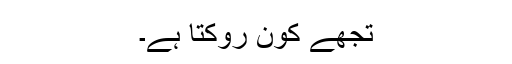
تجھے کون روکتا ہے۔